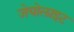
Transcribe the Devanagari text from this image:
जेयोलाइट